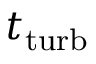
t _ { \mathrm { t u r b } }